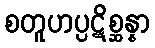
စတူဟပ္ပဋိစ္ဆန္နာ